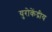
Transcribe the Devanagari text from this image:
युरोकेंद्रीय